Vital statistics of India. Vol. V, Reports of 1876 on armies & jails and on epidemic cholera
Year: 1876
Disease focus: Cholera
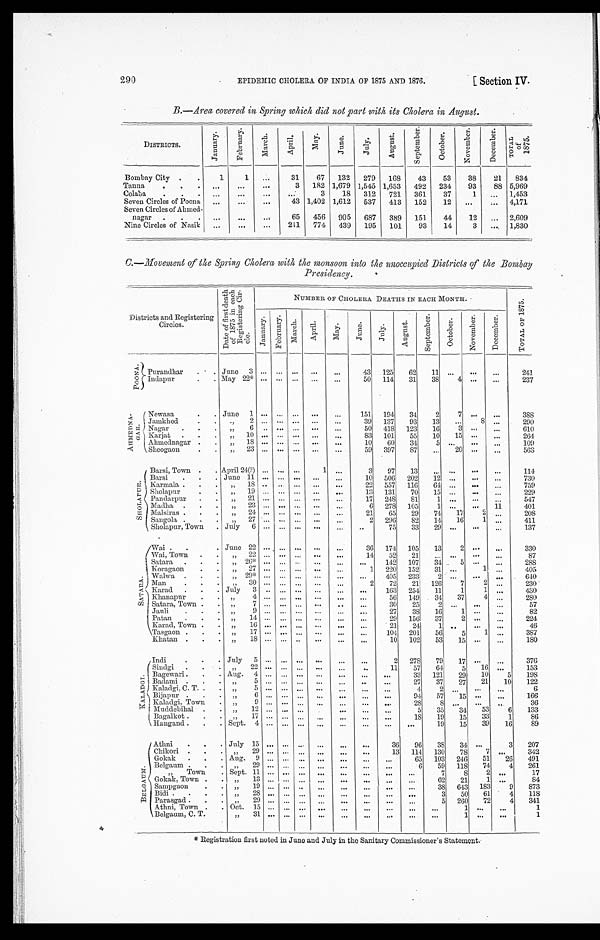
EPIDEMIC CHOLERA OF INDIA OF 1875 AND 1876.
[Section IV.
290
B.—Area covered in Spring which did not part with its Cholera in August.
DISTRICTS.
J a n u a r y .
F e b r u a r y .
M a r c h . A p r i l .
M a y .
J u n e .
J u l y .
A u g u s t .
S e p t e m b e r . O c t o b e r .
N o v e m b e r .
D e c e m b e r . T o t a l o f 1 8 7 5 .
Bombay City
1
1
31 67 132 279 168 43 53 38 21 834
Tanna
3 182 1,679 1,545 1,653 492 234 93 88 5,969
Colaba
3 18 312 721 361 37
1
1,453
Seven Circles of Poona
43 1,402 1,612 537 413 152 12
4,171
Seven Circles of Ahmed-
nagar
65 456 905 687 389 151 44 12
2,609
Nine Circles of Nasik
211 774 439 195 101 93 14
3
1,830
C . —
Movement of the Spring Cholera with the monsoon into the unoccupied Districts of the Bombay
Presidency.
Districts and Registering Circles.
D a t e o f f i r s t d e a t h o f 1 8 7 5 i n e a c h R e g i s t e r i n g C i r - c l e .
NUMBER OF CHOLERA DEATHS IN EACH MONTH.
T O T A L O F 1 8 7 5 .
J a n u a r y . F e b r u a r y . M a r c h
A p r i l . Ma y .
J u n e .
J u l y . A u g u s t .
S e p t e m b e r . O c t o b e r .
N o v e m b e r .
December.
P O O N A .
Purandhar
J u n e 3
43 125 62 11
241
I n d a p u r
M a y 2 2 *
50 114 31 3 8
4
237
A H M E D N A - G A R .
N e w a s a
J u n e 1
151 194 34 2
7
388
Jamkhed
" 2
39 137 93 13
8
290
N a g a r " 6
50 418 123 16
3
610
Karjat
" 10
83 101 55 10 15
264
Ahmednagar
" 18
10 60 34 5
1 0 9
Sheogaon
" 23
59 397 87
20
563
S H O L A P U R . Barsi, Town
A p r i l 2 4 ( ? )
1
3 97 13
114
Barsi
J u n e 1 1
10 506 202 12
730
Karmala
" 18
22 557 116 64
759
Sholapur
" 1 9
13 131 70 15
229
Pandarpur
" 21
17 248 81
1
547
Madha
" 23
6 278 105 1
11
401
Malsiras
" 24
21 65 29 74
1 7 2
208
Sangola
" 27
2 296 82 14 16 1
411
Sholapur, Town
J u l y 6
75 33 29
137
S A T A R A .
Wai
J u n e 2 2
3 6 174 105 13
2
330
Wai, Town " 22
1 4
5 2 2 1
87
Satara
" 26*
1 4 2 107 34
5
288
Koragaon
" 27
1 220 152 31
1
405
Walwa
" 29*
4 0 5 233 2
640
Man
" 30
2 72 21 126 7 2
230
Karad
J u l y 3
163 254 11 1 1
430
Khanapur
" 4
56 149 34 37 4
2 8 0
Satara, Town
" 7
30 25 2
5 7
Jauli
" 9
27
3 8 16 1
82
Patan
" 14
2 9 156 37
2
224
Karad, Town
" 16
21 24 1
46
Tasgaon
" 17
104 201 56 5 1
387
Khatan
" 18
10 102 53 15
180
K A L A D G I .
Indi
July 5
2 278 79 17
376
Sindgi
" 2 2
1 1 57 64 5 16
153
B a g e w a r i Aug. 4
33 121 29 10 5 198
Badami
" 5
27 37 27 21 10 122
Kaladgi, C. T.
" 5
4 2
6
B i j a p u r " 6
94 57 15
166
Kal adgi , Town
" 9
28 8
36
Muddebihal
" 12
5 35 34 53 6 133
Bagalkot
" 1 7
1 8
1 9
1 5 33 1 86
Hangand
Sept. 4
19
1 5
3 9 16 89
B E L G A U M .
Athni
July 15
36 96 38 34
3 207
Chikori
" 29
13 114 130 78 7
342
Gokak
Aug. 9
65 103 246 51 26 491
Belgaum
" 29
6 59 118 74 4 261
" Town
Sept. 11
7 8 2
17
Gokak, Town
" 13
62 21 1
84
Sampgaon
" 1 9
38 643 183 9
8 7 3
Bidi " 28
3 50
6 1
4
1 1 8
Parasgad
" 29
5 260 72 4 341
Athni, Town
Oct. 15
1
1
Belgaum, C. T.
" 31
1
1
* Registration first noted in June and July in the Sanitary Commissioner's Statement.